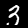
Label: 3